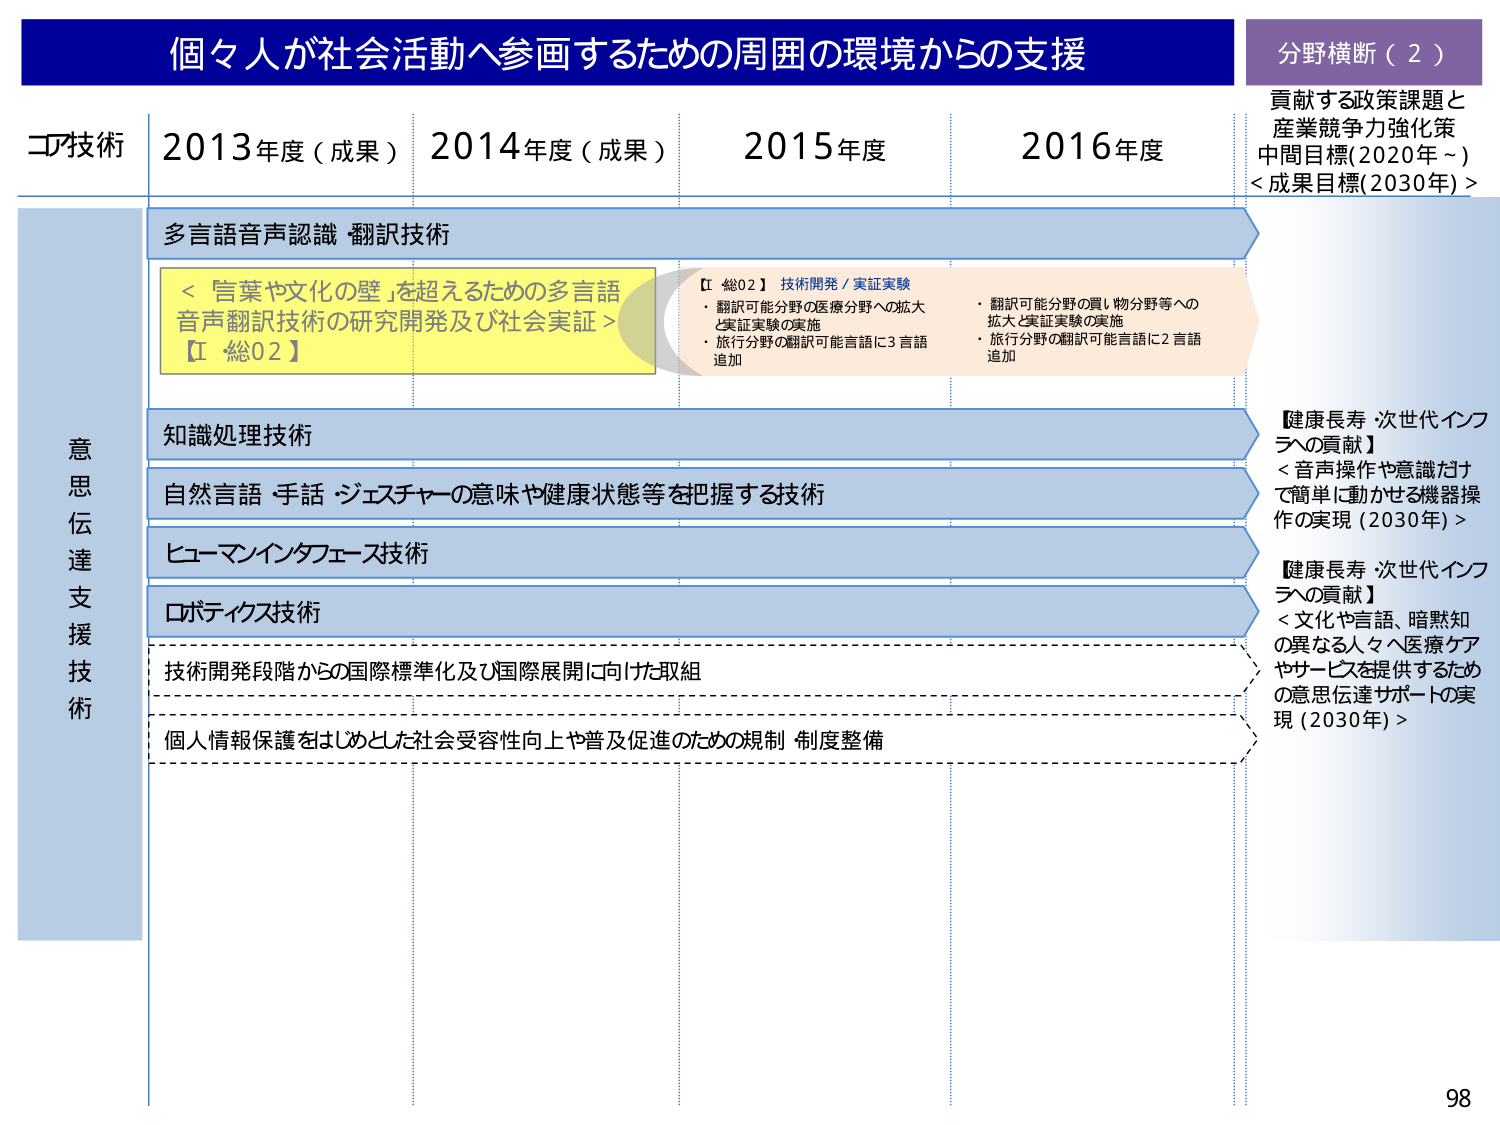
個々人が社会活動へ参画するための周囲の環境からの支援

分野横断（2）
貢献する政策課題と
産業競争力強化策
中間目標(2020年～)
<成果目標(2030年)>

コア技術
2013年度（成果）
2014年度（成果）
2015年度
2016年度

意思伝達支援技術

多言語音声認識 翻訳技術
<「言葉や文化の壁」を超えるための多言語
音声翻訳技術の研究開発及び社会実証>
【I 総02】

【I 総02】技術開発／実証実験
・翻訳可能分野の医療分野への拡大
と実証実験の実施
・旅行分野の翻訳可能言語に3言語
追加

・翻訳可能分野の買い物分野等への
拡大と実証実験の実施
・旅行分野の翻訳可能言語に2言語
追加

知識処理技術

自然言語・手話・ジェスチャーの意味や健康状態等を把握する技術

ヒューマンインタフェース技術

ロボティクス技術

技術開発段階からの国際標準化及び国際展開に向けた取組

個人情報保護をはじめとした社会受容性向上や普及促進のための規制・制度整備

【健康長寿 次世代インフラへの貢献】
<音声操作や意識だけで簡単に動かせる機器操作の実現（2030年）>

【健康長寿 次世代インフラへの貢献】
<文化や言語、暗黙知の異なる人々へ医療ケアやサービスを提供するための意思伝達サポートの実現（2030年）>

98